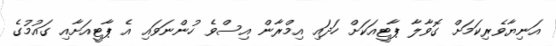
އަނިޔާވެރިކަމަށް ގޮވާލާ ޕާޓީއަކަށް ހަދައި އިމްރާން އިސްވެ ހުންނަވައި އެ ޕާޓީއަށާއި ގައުމުގެ